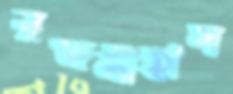
রজনীহাস